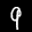
Label: 9